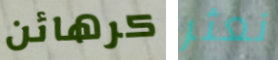
كرهائن نعثر